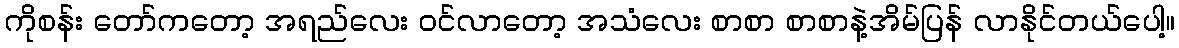
ကိုစန်း တော်ကတော့ အရည်လေး ဝင်လာတော့ အသံလေး စာစာ စာစာနဲ့အိမ်ပြန် လာနိုင်တယ်ပေါ့။